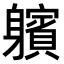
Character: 𨊕